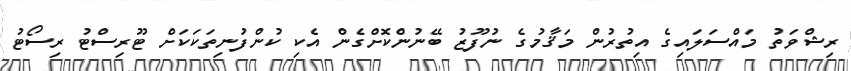
ރިޝްވަތު މައްސަލައިގެ އިތުރުން މަޤާމުގެ ނުފޫޒު ބޭނުންކޮށްގެން އެކި ކުންފުނިތަކަކަށް ޓޫރިސްޓު ރިސޯޓު